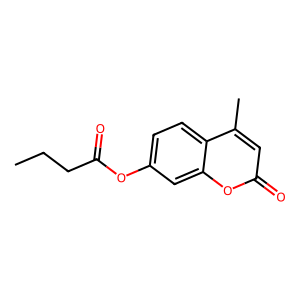
SMILES: CCCC(=O)Oc1ccc2c(C)cc(=O)oc2c1
Inhibits HIV replication: No